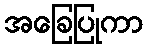
အခြေပြုကာ